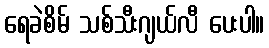
ရေခဲစိမ် သစ်သီးဂျယ်လီ ပေးပါ။